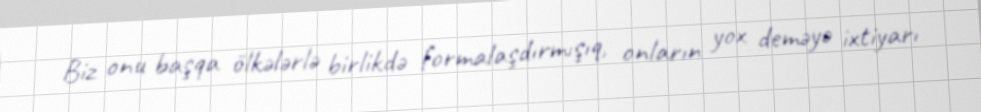
Biz onu başqa ölkələrlə birlikdə formalaşdırmışıq, onların yox deməyə ixtiyarı